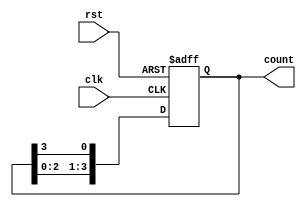
module ring_counter(
    input wire clk,
    input wire rst,
    output reg [3:0] count
);

reg [3:0] next_count;

always @ (posedge clk or posedge rst) begin
    if (rst) begin
        count <= 4'b0001;
    end else begin
        count <= next_count;
    end
end

always @ (*) begin
    next_count[0] = count[3];
    next_count[1] = count[0];
    next_count[2] = count[1];
    next_count[3] = count[2];
end

endmodule